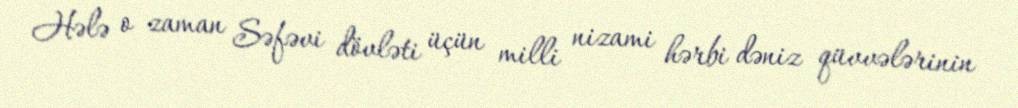
Hələ o zaman Səfəvi dövləti üçün milli nizami hərbi dəniz qüvvələrinin